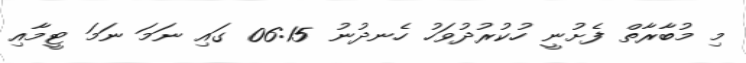
މި މުބާރާތް ފެށުނީ ހުކުރުދުވަހު ހެނދުނު 06:15 ގައި ނަމަ ނަމަ ޓީމާއި